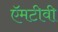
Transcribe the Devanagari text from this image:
ऍमटीवी